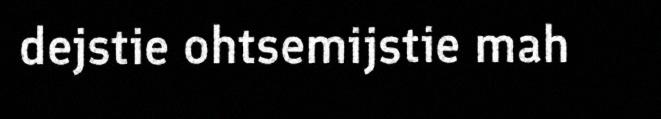
dejstie ohtsemijstie mah